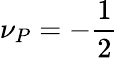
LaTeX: \nu_{P}=-\frac{1}{2}